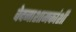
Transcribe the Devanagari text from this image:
वेदनाशामकांशी